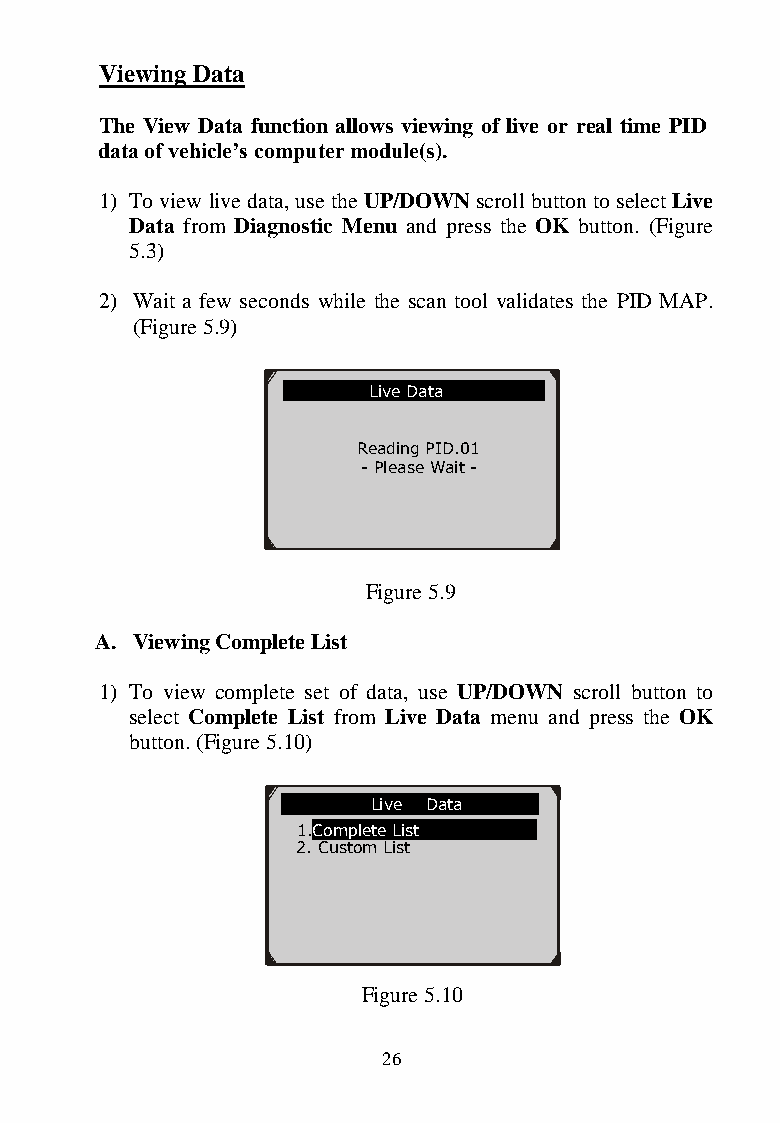
Viewing Data
 The View Data function allows viewing of live or real time PID
 data of vehicle‟s computer module(s).
 1) To view live data, use the UP/DOWN scroll button to select Live
 Data from Diagnostic Menu and press the OK button. (Figure
 5.3)
 2) Wait a few seconds while the scan tool validates the PID MAP.
 (Figure 5.9)
 Live Data
 Reading PID.01
 - Please Wait -
 Figure 5.9
 A. Viewing Complete List
 1) To view complete set of data, use UP/DOWN scroll button to
 select Complete List from Live Data menu and press the OK
 button. (Figure 5.10)
 …………………Live Data .
 1.Complete List
 2. Custom List
 Figure 5.10
 26